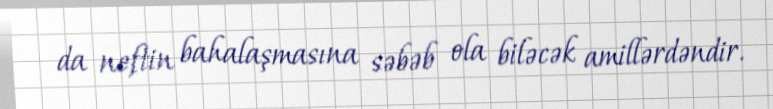
da neftin bahalaşmasına səbəb ola biləcək amillərdəndir.